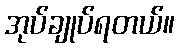
အုပ်ချုပ်ရတယ်။